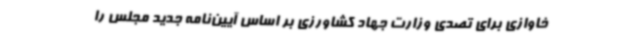
خاوازی برای تصدی وزارت جهاد کشاورزی بر اساس آیین‌نامه جدید مجلس را